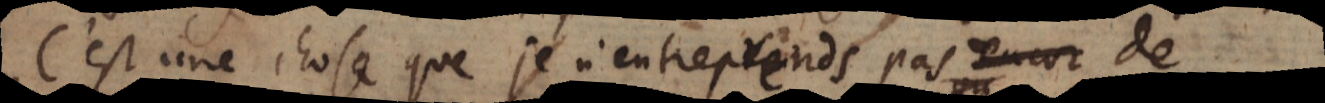
C’est une chose que je n’entreprends pas encor de